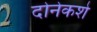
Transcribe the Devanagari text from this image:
दोनेकशे